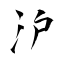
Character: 沪